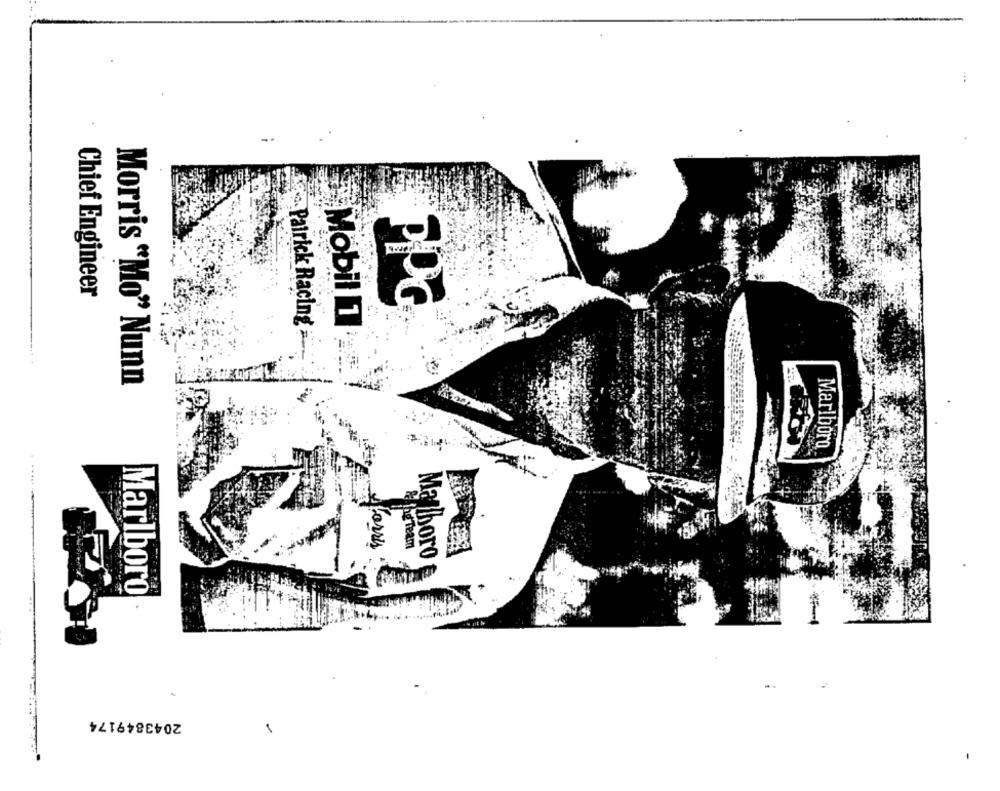
--
Chief Engineer
PPG
- Patrick Racing
Mobil 1
Morris "Mo" Nunn
Marlboro
the Team
Malboro
Marlboro
2043849174
1